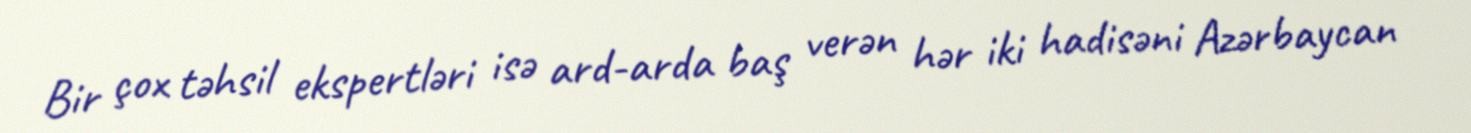
Bir çox təhsil ekspertləri isə ard-arda baş verən hər iki hadisəni Azərbaycan